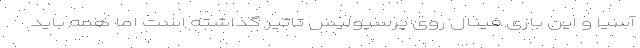
آسیا و این بازی فینال روی پرسپولیس تاثیر گذاشته است اما همه باید